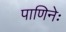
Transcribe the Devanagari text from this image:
पाणिनेः